38_143685_box_Incident_Summaries_173-233
Agency: Department of War
Page 120
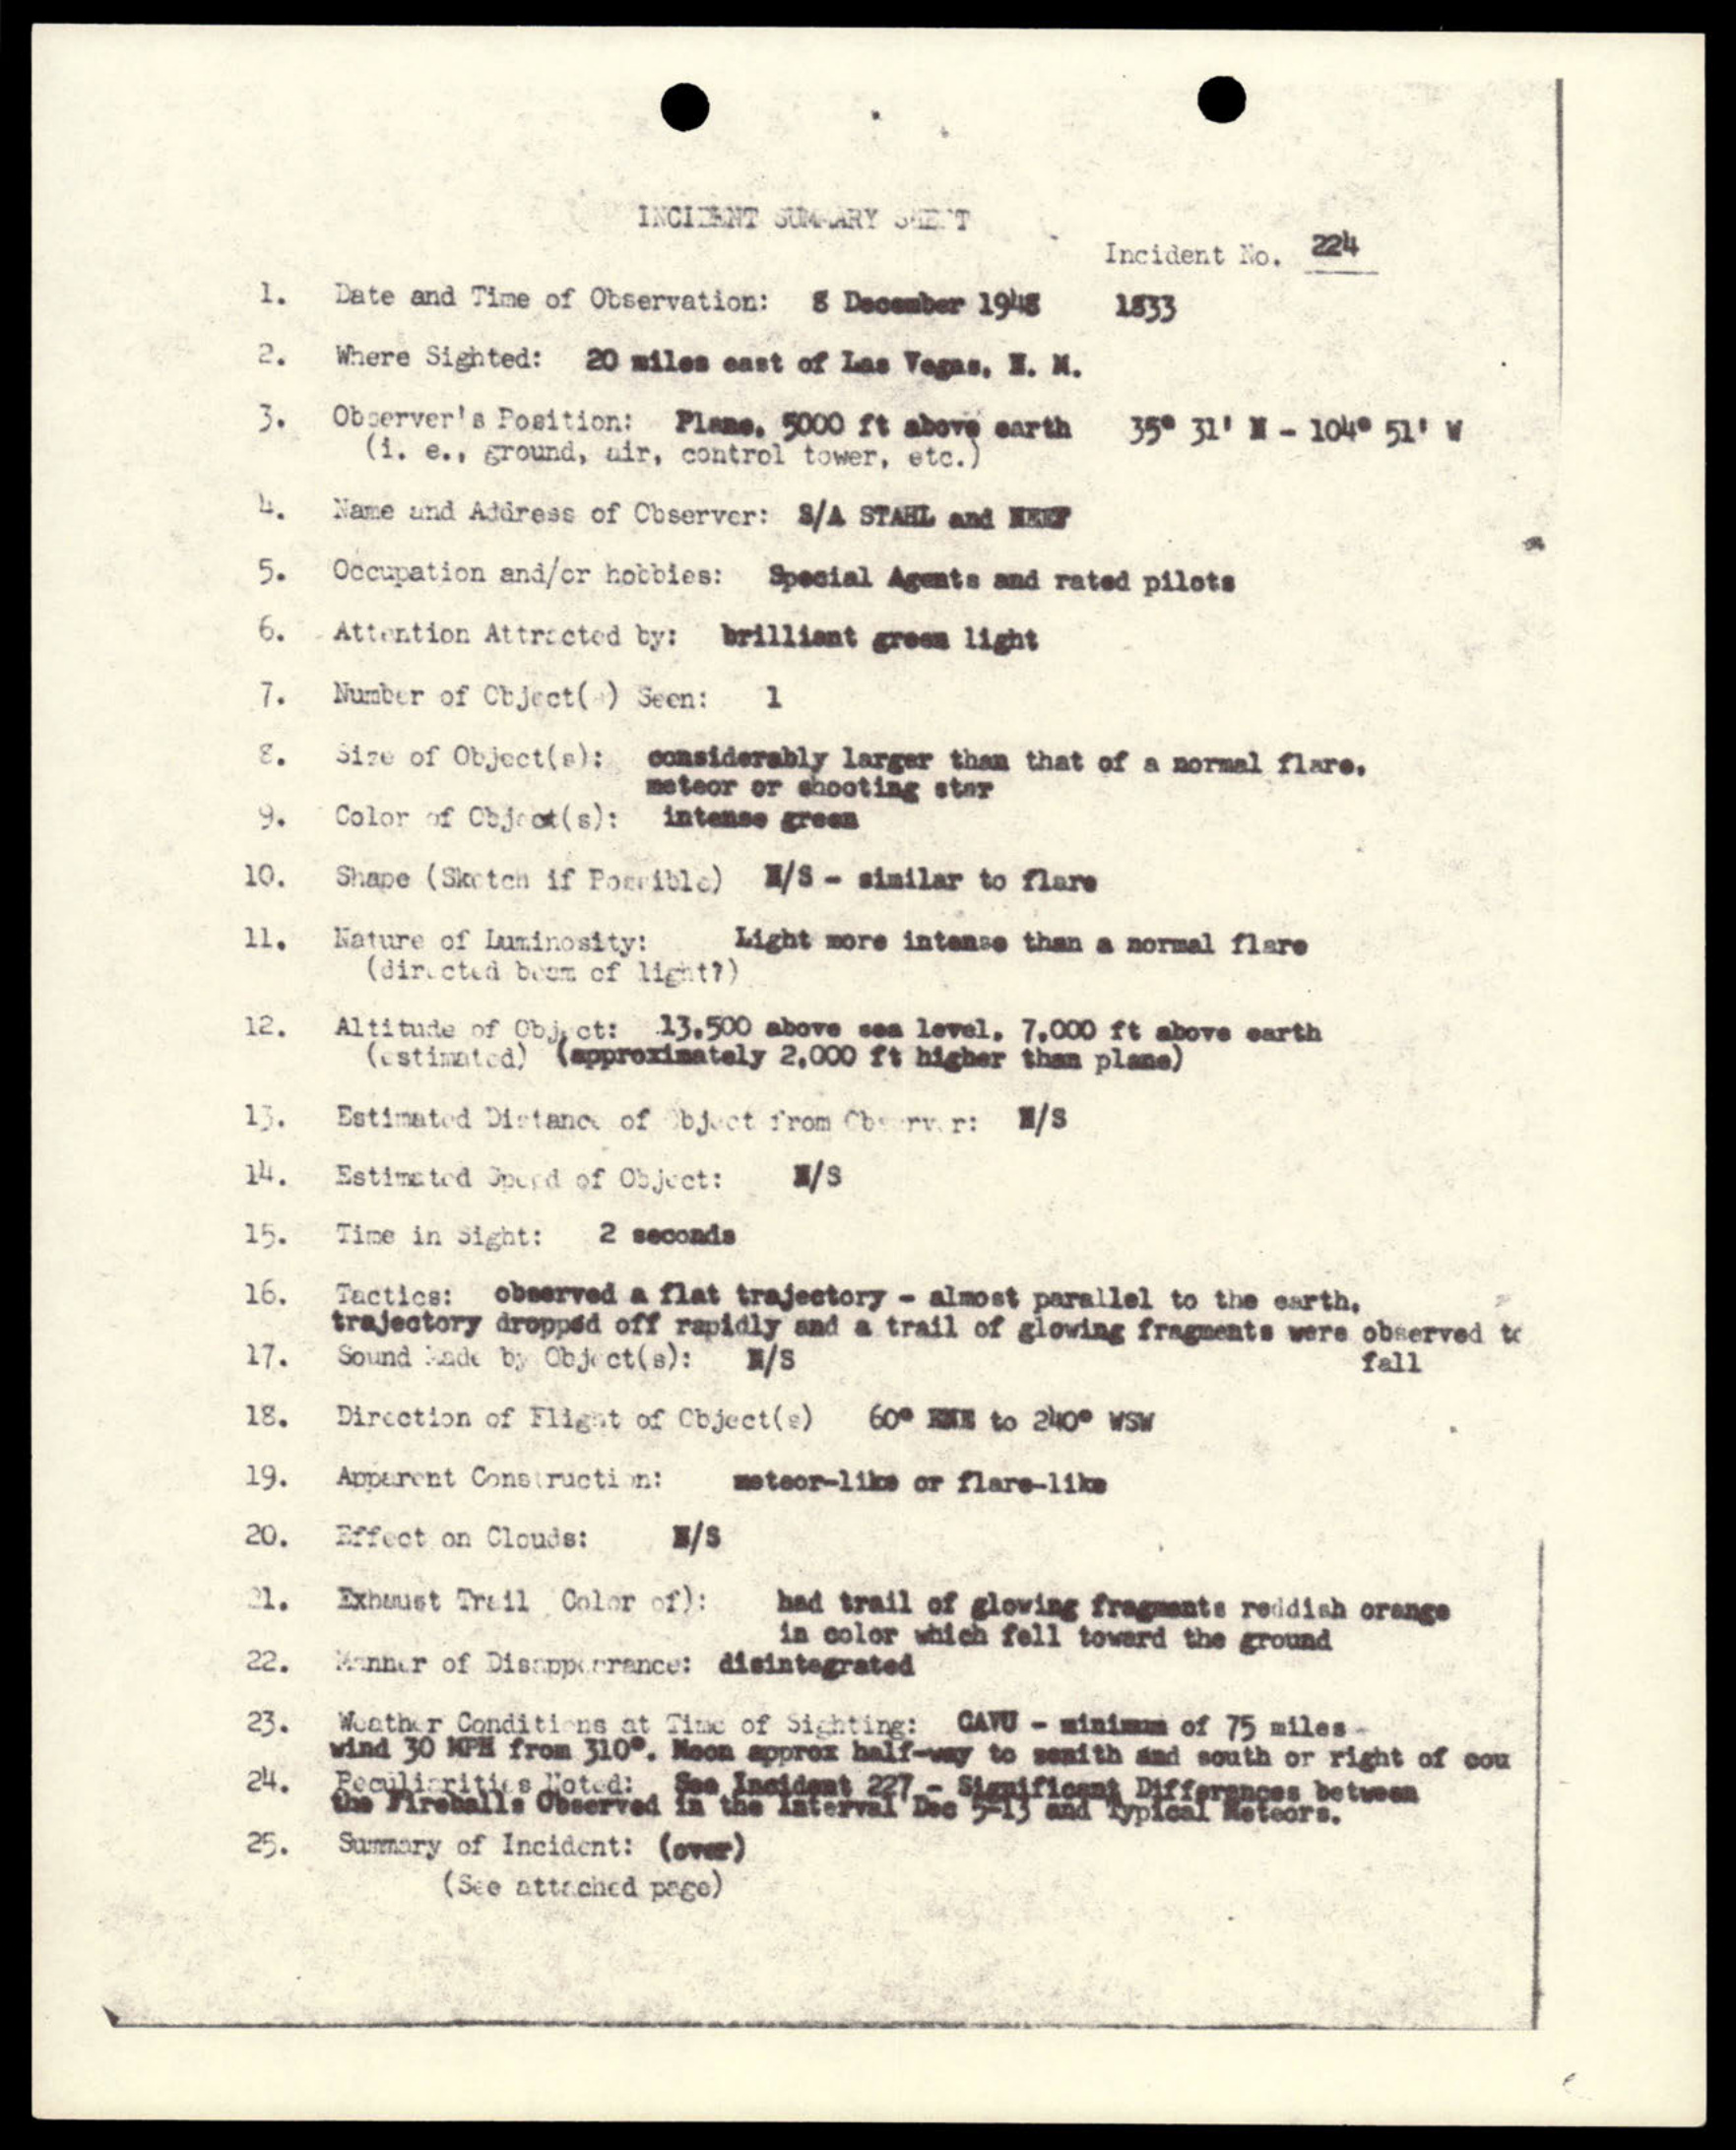